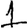
Digit: 1